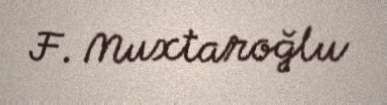
F. Muxtaroğlu